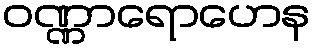
ဝဏ္ဏာရောဟေန